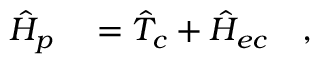
\begin{array} { r l } { \hat { H } _ { p } } & { { } = \hat { T } _ { c } + \hat { H } _ { e c } \quad , } \end{array}